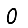
Digit: 0